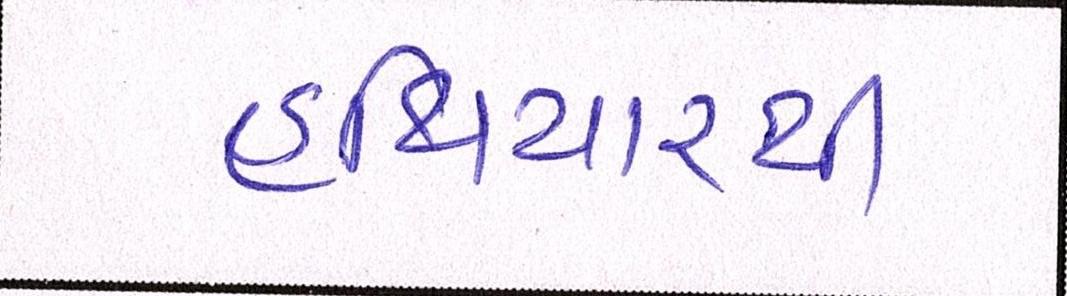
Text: હથિયારથી